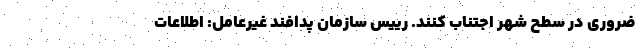
ضروری در سطح شهر اجتناب کنند. رییس سازمان پدافند غیرعامل: اطلاعات